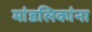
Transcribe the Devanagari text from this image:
मांडलिकांना